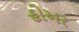
હોઅર